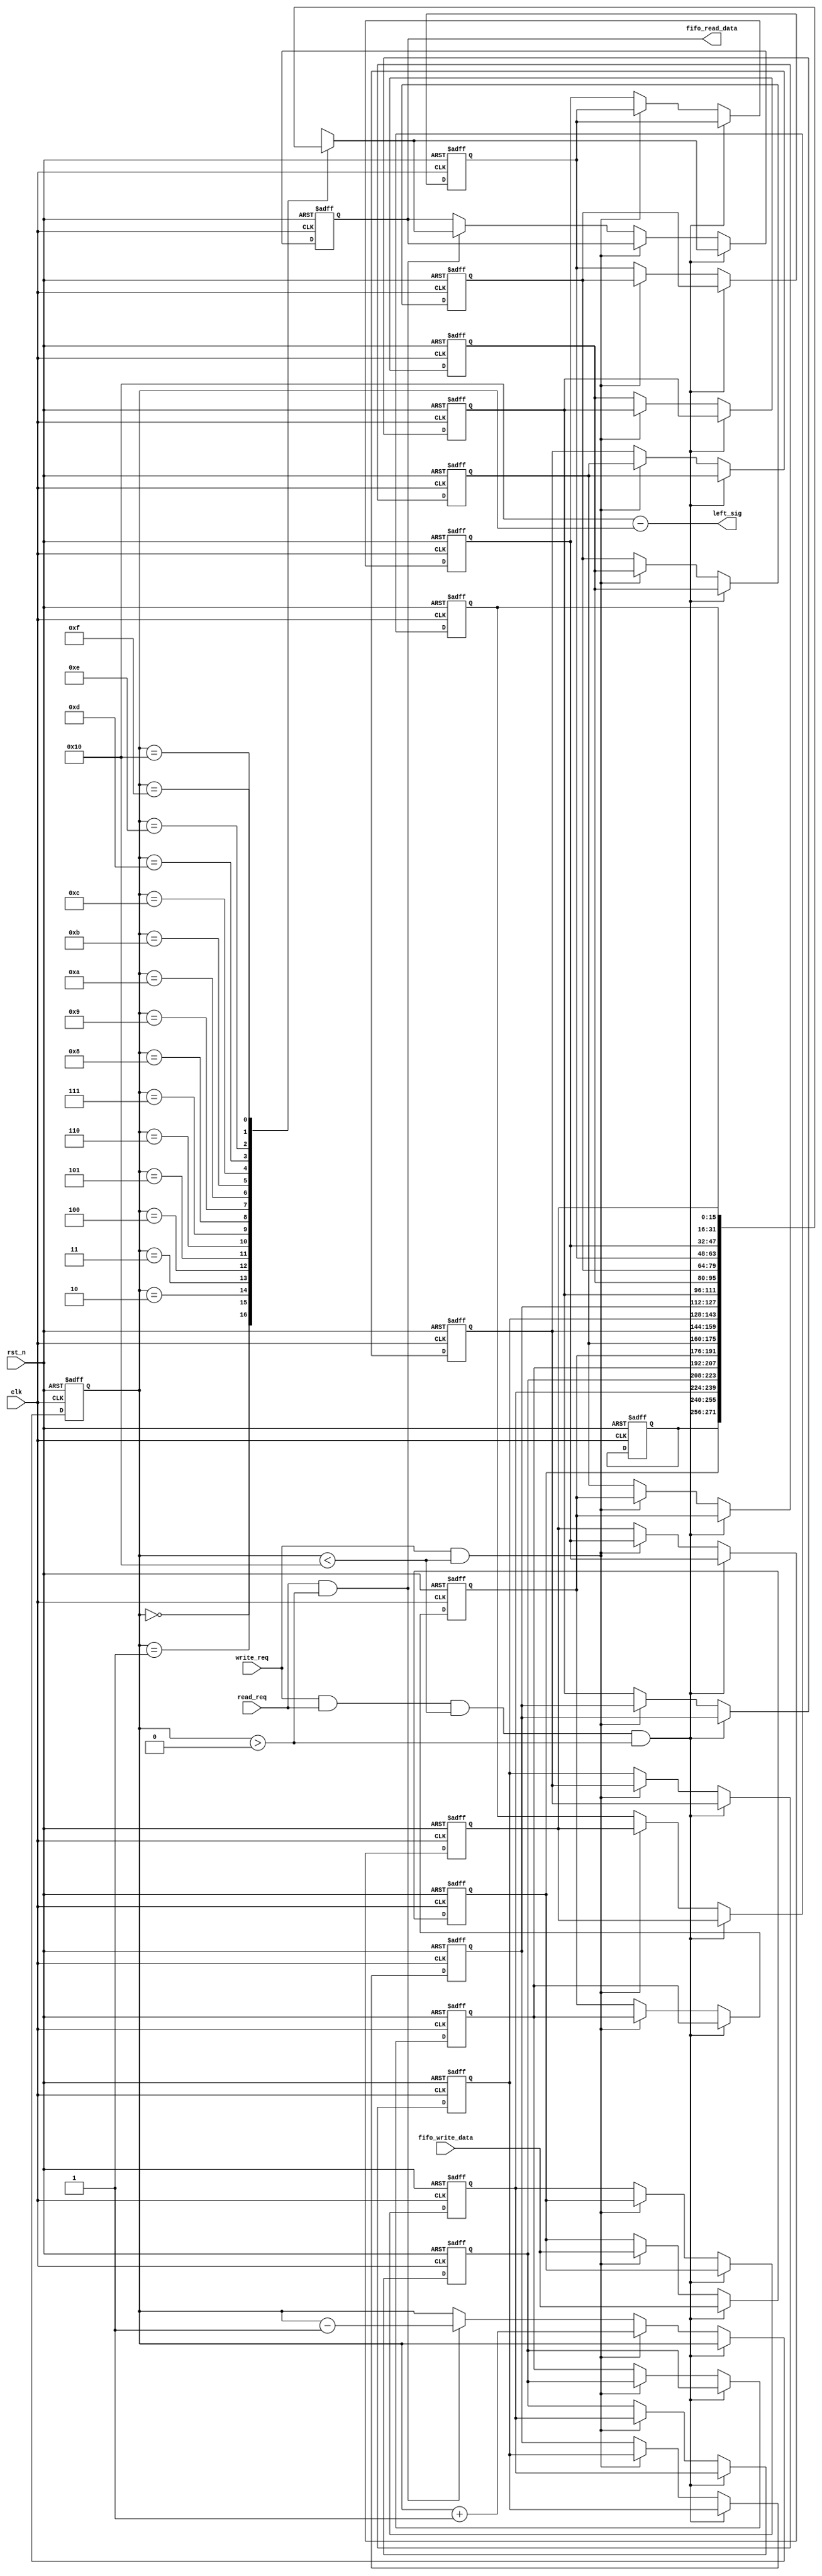
module fifo_module(
    clk,
    rst_n,
    write_req,
    fifo_write_data,
    read_req,
    fifo_read_data,
    left_sig
    );
    
    input clk;
    input rst_n;
    
    input write_req;
    input [15:0]fifo_write_data;
    
    input read_req;
    output [15:0]fifo_read_data;
    
    output [4:0]left_sig;
    
    /*********************************************/
    
    parameter FIFO_DEEP = 5'd16;
    
    reg [15:0]shift [FIFO_DEEP:0]; //17
    
    reg [4:0]count;
    reg [15:0]data_out;
    
    /*********************************************/
    
    always @(posedge clk or negedge rst_n) begin
        if (!rst_n) begin
            shift[0]  <= 16'd0;
            shift[1]  <= 16'd0; shift[2]  <= 16'd0; shift[3] <= 16'd0;  shift[4] <= 16'd0;
            shift[5]  <= 16'd0; shift[6]  <= 16'd0; shift[7] <= 16'd0;  shift[8] <= 16'd0;
            shift[9]  <= 16'd0; shift[10] <= 16'd0; shift[11] <= 16'd0; shift[12] <= 16'd0;
            shift[13] <= 16'd0; shift[14] <= 16'd0; shift[15] <= 16'd0; shift[16] <= 16'd0;
            count <= 5'd0;
            data_out <= 16'd0;
        end
        else if (write_req && read_req && count < FIFO_DEEP && count > 0) begin //
            shift[1]  <= fifo_write_data;
            shift[2]  <= shift[1];
            shift[3]  <= shift[2];
            shift[4]  <= shift[3];
            shift[5]  <= shift[4];
            shift[6]  <= shift[5];
            shift[7]  <= shift[6];
            shift[8]  <= shift[7];
            shift[9]  <= shift[8];
            shift[10] <= shift[9];
            shift[11] <= shift[10];
            shift[12] <= shift[11];
            shift[13] <= shift[12];
            shift[14] <= shift[13];
            shift[15] <= shift[14];
            shift[16] <= shift[15];
            
            data_out <= shift[count];
        end
        else if (write_req && count < FIFO_DEEP) begin //
            shift[1]  <= fifo_write_data;
            shift[2]  <= shift[1];
            shift[3]  <= shift[2];
            shift[4]  <= shift[3];
            shift[5]  <= shift[4];
            shift[6]  <= shift[5];
            shift[7]  <= shift[6];
            shift[8]  <= shift[7];
            shift[9]  <= shift[8];
            shift[10] <= shift[9];
            shift[11] <= shift[10];
            shift[12] <= shift[11];
            shift[13] <= shift[12];
            shift[14] <= shift[13];
            shift[15] <= shift[14];
            shift[16] <= shift[15];
            
            count <= count + 1'b1;
        end
        else if (read_req && count > 0) begin //
            data_out <= shift[count];
            count <= count - 1'b1;
        end
    end
    
    assign fifo_read_data = data_out;
    assign left_sig = FIFO_DEEP - count;
    
    
endmodule